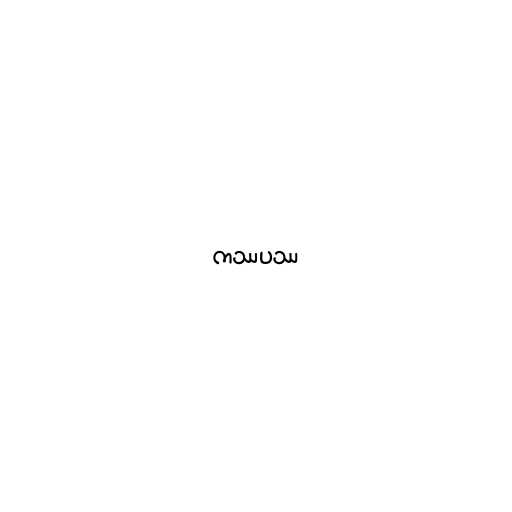
ကဿပဿ